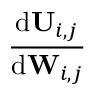
\frac { \mathrm { d } \mathbf { U } _ { i , j } } { \mathrm { d } { \mathbf { W } _ { i , j } } }